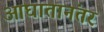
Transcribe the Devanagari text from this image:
आघातानंतर